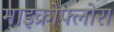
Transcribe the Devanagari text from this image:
माइक्रोफ्लोरा